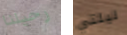
رحيلنا ليلتي